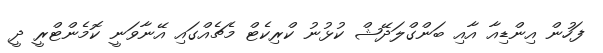
ފަހުން އިންޑިއާ އާއި ބަންގްލަދޭޝް ކުޅުނު ކްރިކެޓް މެޗެއްގައި އޭނާވަނީ ކޮމެންޓްރީ ދީ